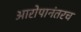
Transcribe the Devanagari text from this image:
आरोपानंतरच